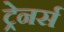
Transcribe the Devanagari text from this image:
ट्रेनर्स